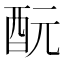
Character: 酛